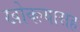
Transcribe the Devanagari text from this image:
खोक्ल्यासह